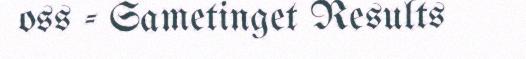
oss - Sametinget Results